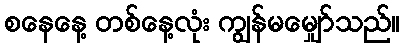
စနေနေ့ တစ်နေ့လုံး ကျွန်မမျှော်သည်။